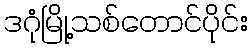
ဒဂုံမြို့သစ်တောင်ပိုင်း